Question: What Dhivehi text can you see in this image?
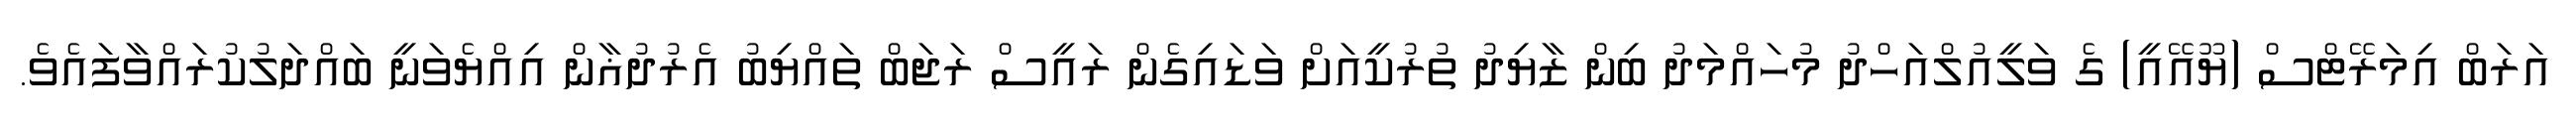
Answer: އަރަބް އިމަރޭޓްސް (ޔޫއޭއީ) ގެ ވަލީއުލްއަހްދު މުހައްމަދު ބިން ޒާޔިދު ތުރުކީއަށް ވަޑައިގެން ރައީސް ރަޖަބް ތައްޔިބު އެރުދުޣާން އިއްޔެވަނީ ބައްދަލުކުރައްވާފައެވެ.